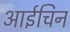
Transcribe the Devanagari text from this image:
आईचिन